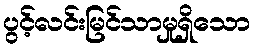
ပွင့်လင်းမြင်သာမှုရှိသော